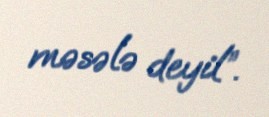
məsələ deyil”.